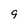
Character: 9